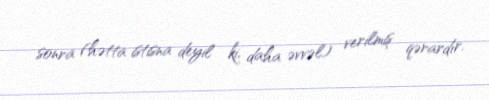
sonra (hətta istisna deyil ki, daha əvvəl) verilmiş qərardır.